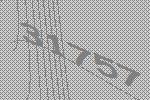
31757